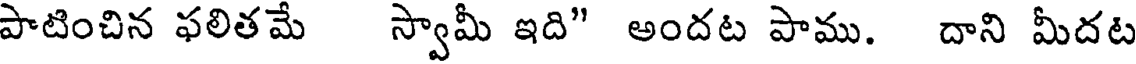
పాటించిన ఫలితమే స్వామీ ఇది" అందట పాము. దాని మీదట